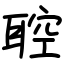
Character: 聜